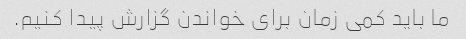
ما باید کمی زمان برای خواندن گزارش پیدا کنیم.